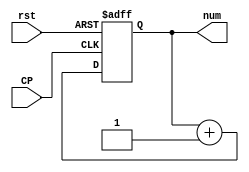
/******************************************************************************************
Author:  
E-mail 1390000666@qq.com
Device:  DSE-EP2C5
Tool:    Quartus 9.0
Function:1
Version: 2022-3-10 v1.0
********************************************************************************************/
module count(CP,rst,num);
input CP,rst;
output reg [3:0] num;

always @(posedge CP or posedge rst)
    begin
		if(rst==1)
			num = 4'b0000;
        else
            num = num + 4'b0001;
            
    end

endmodule